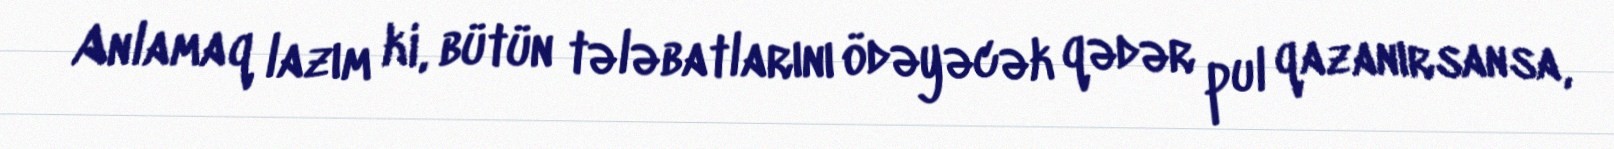
Anlamaq lazım ki, bütün tələbatlarını ödəyəcək qədər pul qazanırsansa,